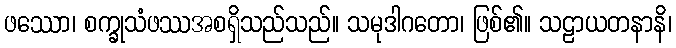
ဖဿော၊ စက္ခုသံဖဿအစရှိသည်သည်။ သမုဒါဂတော၊ ဖြစ်၏။ သဠာယတနာနိ၊